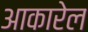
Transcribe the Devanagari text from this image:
आकारेल